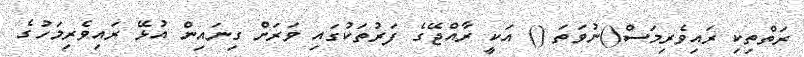
ރަތްތިކި ރައިވެރިމަސް()ނުވަތަ () އަކީ ރާއްޖޭގެ ފަރުތަކުގައި ވަރަށް ގިނައިން އުޅޭ ރައިވެރިމަހުގެ